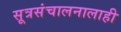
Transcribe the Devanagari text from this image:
सूत्रसंचालनालाही